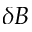
\delta B